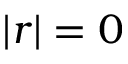
| r | = 0